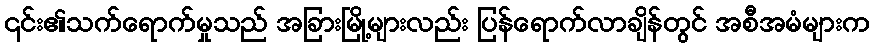
၎င်း၏သက်ရောက်မှုသည် အခြားမြို့များလည်း ပြန်ရောက်လာချိန်တွင် အစီအမံများက